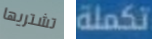
تشتريها تكملة